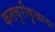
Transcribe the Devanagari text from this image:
कलचुरीकुळाचा